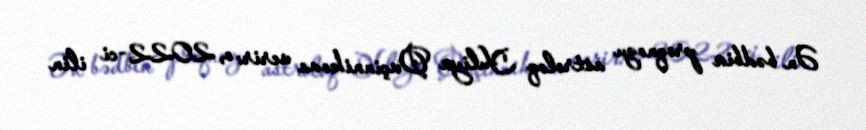
Ən bədbin proqnozu astroloq Yuliya Ovçinnikova verir: o, 2022-ci ilin